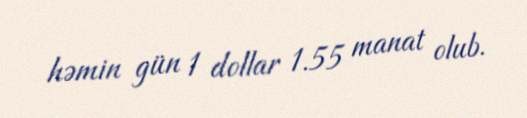
həmin gün 1 dollar 1.55 manat olub.